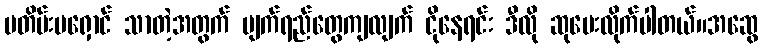
မတိမ်းမရှောင် သာတဲ့အတွက် မျက်ရည်တွေကျလျက် ငိုနေရင်း ဒီလို ဆုပေးလိုက်ပါတယ်။အဆွေ